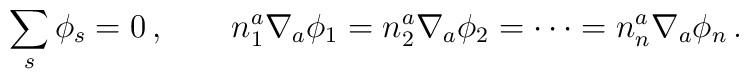
\sum_s \phi_s = 0 \, , \qquad n^a_1 \nabla_a \phi_1 = n^a_2 \nabla_a \phi_2 =\cdots = n^a_n \nabla_a \phi_n \, .